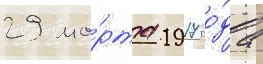
29 ма́рта 1917 го́да